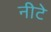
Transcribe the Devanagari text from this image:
नीटे